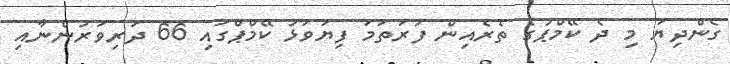
ގެންދިޔަ މި ދެ ކޭމްޕުގެ ތެރެއިން ފުރަތަމަ ފިޔަވަޅު ކޭމްޕްގައި 66 ދަރިވަރުންނާއި